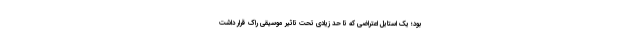
بود؛ یک استایل اعتراضی که تا حد زیادی تحت تاثیر موسیقی راک قرار داشت